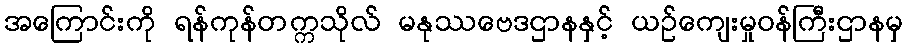
အကြောင်းကို ရန်ကုန်တက္ကသိုလ် မနုဿဗေဒဌာနနှင့် ယဉ်ကျေးမှုဝန်ကြီးဌာနမှ